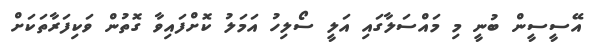
އޭސީސީން ބުނީ މި މައްސަލާގައި އަލީ ސޯލިހު އަމަލު ކޮށްފައިވާ ގޮތުން ވަކިފަރާތަކަށް